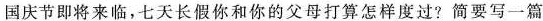
国庆节即将来临，七天长假你和你的父母打算怎样度过?简要写一篇